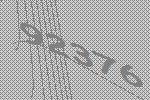
92376